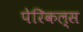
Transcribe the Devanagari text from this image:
पेरिकल्स